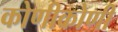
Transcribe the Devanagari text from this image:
कोणीकोणी